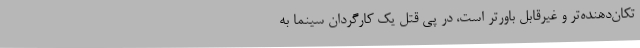
تکان‌دهنده‌تر و غیرقابل باورتر است، در پی قتل یک کارگردان سینما به